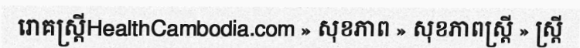
រោគស្ត្រីHealthCambodia.com » សុខភាព » សុខភាពស្ត្រី » ស្ត្រី